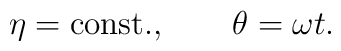
\eta = {\rm const.}, \qquad \theta = \omega t .